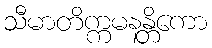
သီမာတိက္ကမနန္တိကော